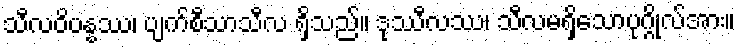
သီလဝိပန္နဿ၊ ပျက်စီသာသီလ ရှိသည်။ ဒုဿီလဿ၊ သီလမရှိသောပုဂ္ဂိုလ်အား။